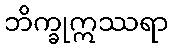
ဘိက္ခုဣဿရာ